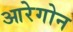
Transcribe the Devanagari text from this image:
आरेगोन